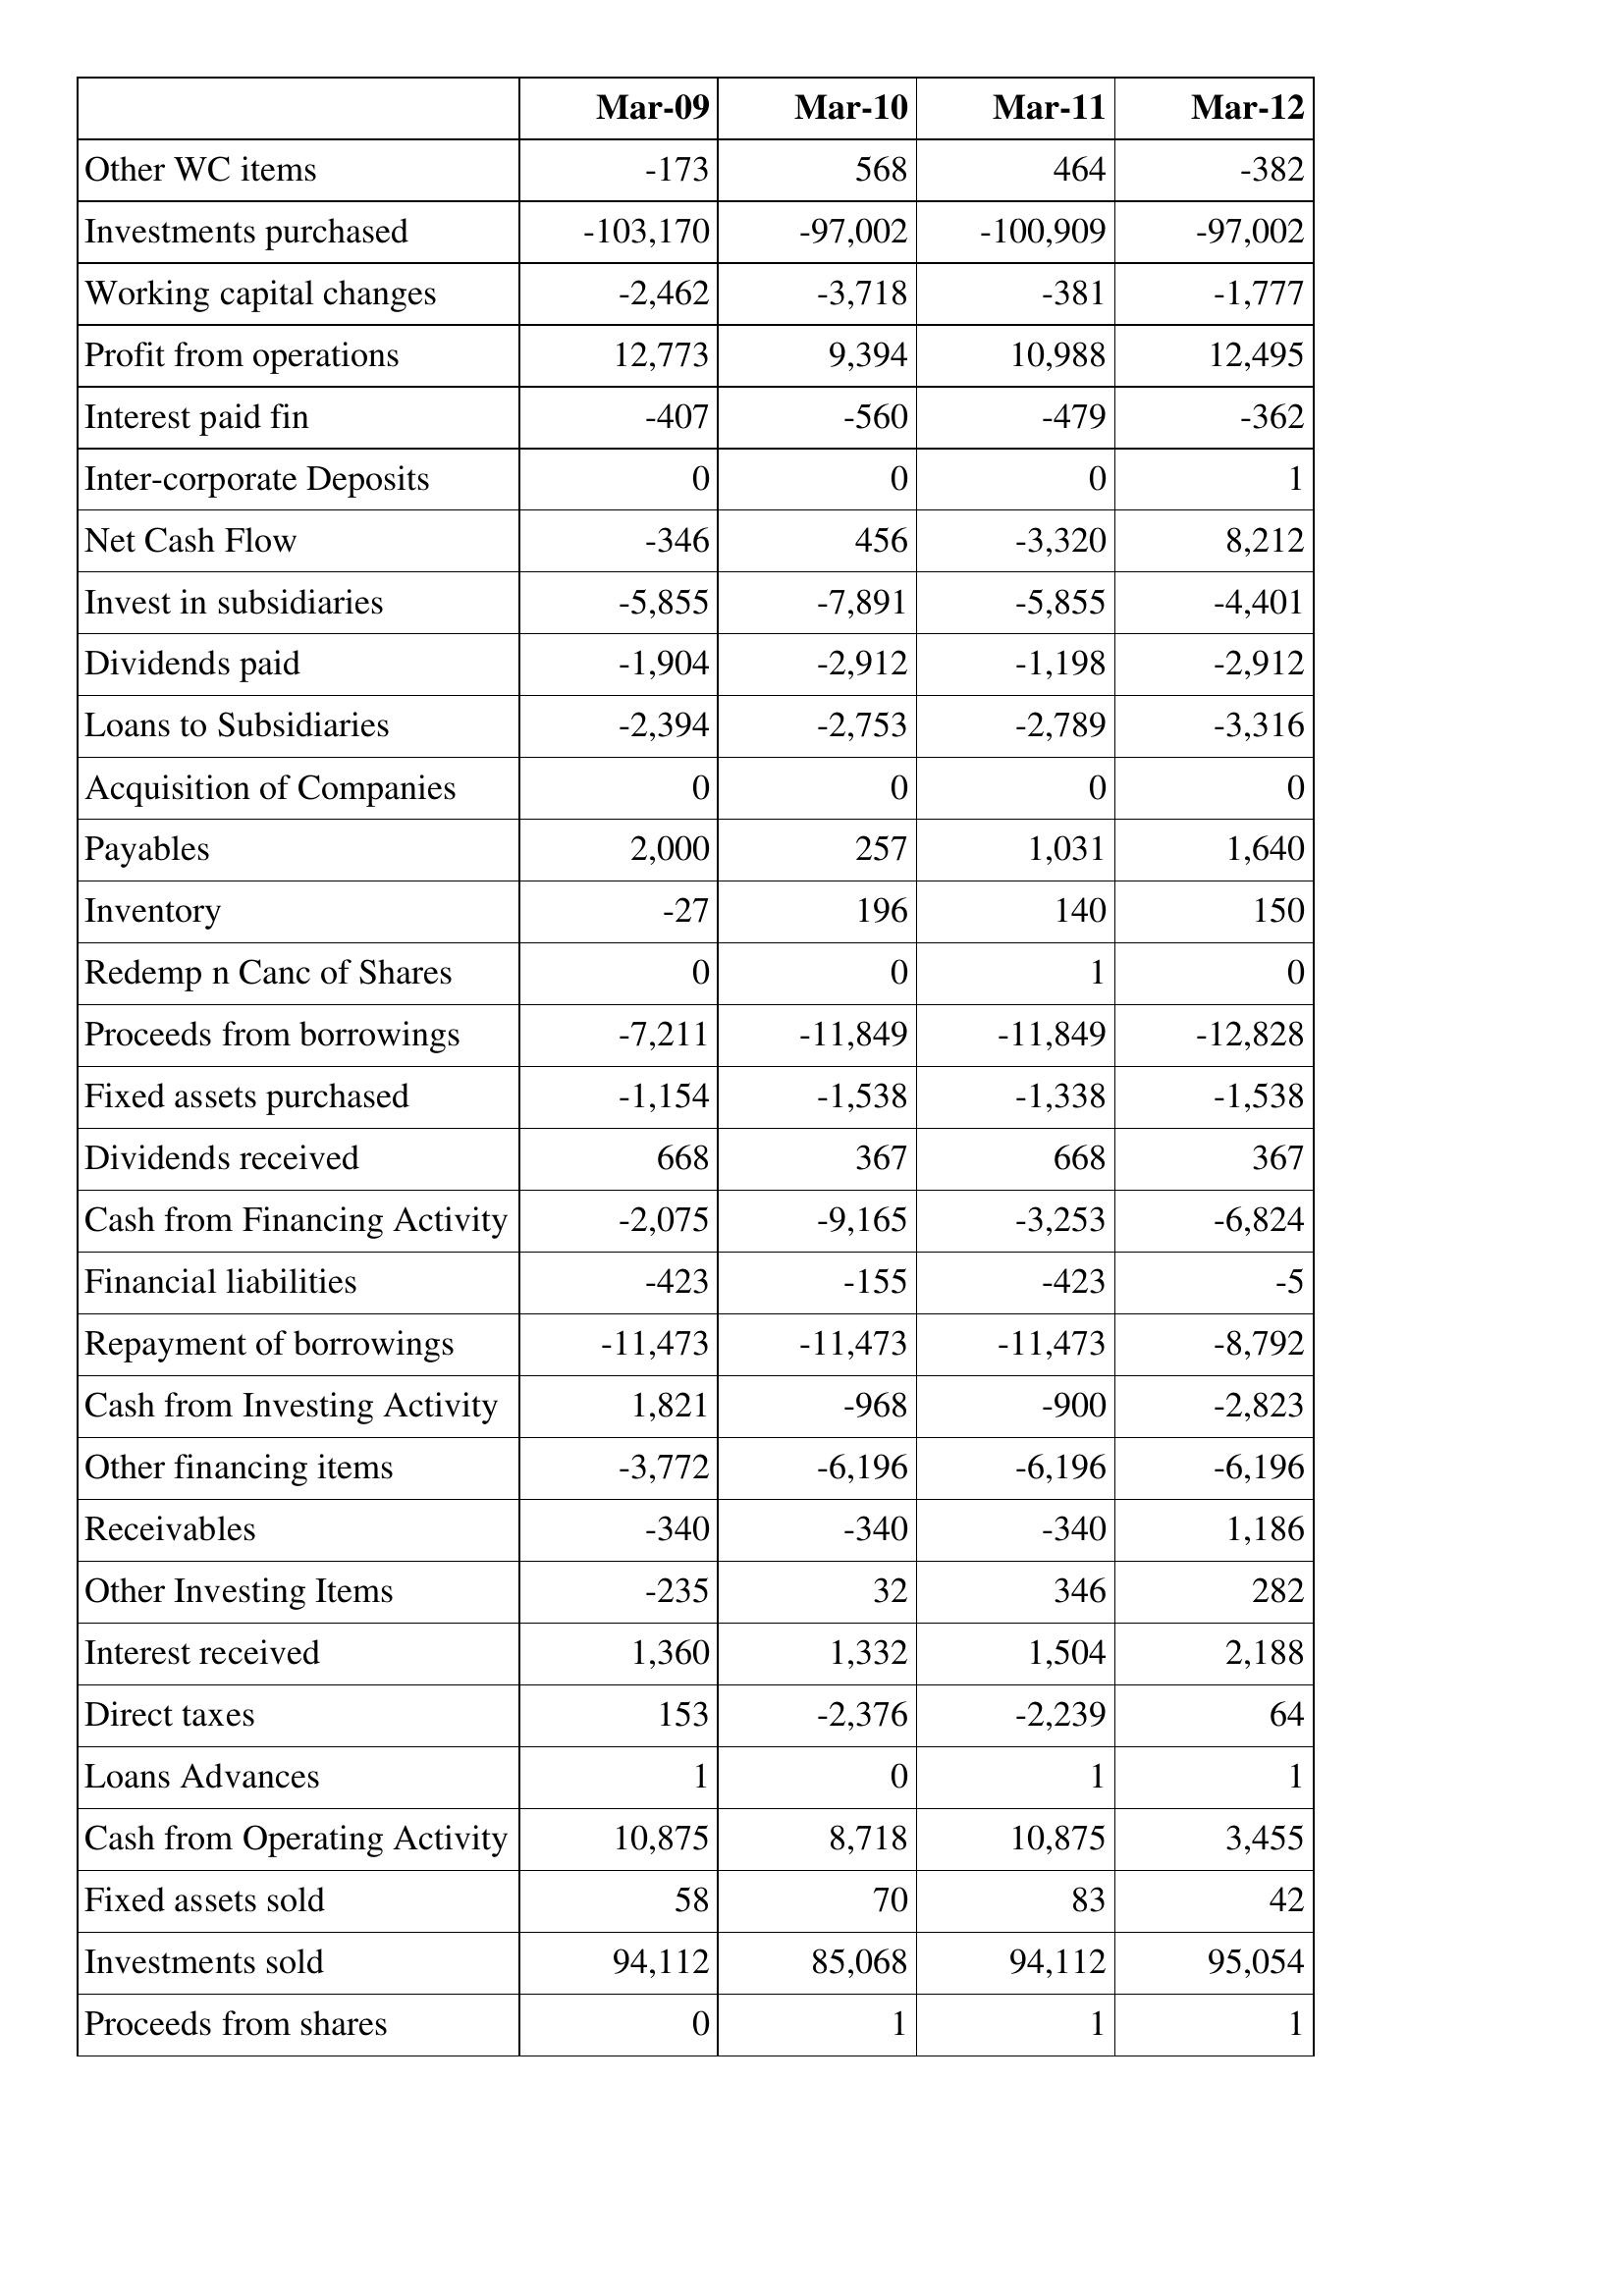
Mar-09: Cash Flows: Other WC items: -173
Investments purchased: -103,170
Working capital changes: -2,462
Profit from operations: 12,773
Interest paid fin: -407
Inter-corporate Deposits: 0
Net Cash Flow: -346
Invest in subsidiaries: -5,855
Dividends paid: -1,904
Loans to Subsidiaries: -2,394
Acquisition of Companies: 0
Payables: 2,000
Inventory: -27
Redemp n Canc of Shares: 0
Proceeds from borrowings: -7,211
Fixed assets purchased: -1,154
Dividends received: 668
Cash from Financing Activity: -2,075
Financial liabilities: -423
Repayment of borrowings: -11,473
Cash from Investing Activity: 1,821
Other financing items: -3,772
Receivables: -340
Other Investing Items: -235
Interest received: 1,360
Direct taxes: 153
Loans Advances: 1
Cash from Operating Activity: 10,875
Fixed assets sold: 58
Investments sold: 94,112
Proceeds from shares: 0
Mar-10: Cash Flows: Other WC items: 568
Investments purchased: -97,002
Working capital changes: -3,718
Profit from operations: 9,394
Interest paid fin: -560
Inter-corporate Deposits: 0
Net Cash Flow: 456
Invest in subsidiaries: -7,891
Dividends paid: -2,912
Loans to Subsidiaries: -2,753
Acquisition of Companies: 0
Payables: 257
Inventory: 196
Redemp n Canc of Shares: 0
Proceeds from borrowings: -11,849
Fixed assets purchased: -1,538
Dividends received: 367
Cash from Financing Activity: -9,165
Financial liabilities: -155
Repayment of borrowings: -11,473
Cash from Investing Activity: -968
Other financing items: -6,196
Receivables: -340
Other Investing Items: 32
Interest received: 1,332
Direct taxes: -2,376
Loans Advances: 0
Cash from Operating Activity: 8,718
Fixed assets sold: 70
Investments sold: 85,068
Proceeds from shares: 1
Mar-11: Cash Flows: Other WC items: 464
Investments purchased: -100,909
Working capital changes: -381
Profit from operations: 10,988
Interest paid fin: -479
Inter-corporate Deposits: 0
Net Cash Flow: -3,320
Invest in subsidiaries: -5,855
Dividends paid: -1,198
Loans to Subsidiaries: -2,789
Acquisition of Companies: 0
Payables: 1,031
Inventory: 140
Redemp n Canc of Shares: 1
Proceeds from borrowings: -11,849
Fixed assets purchased: -1,338
Dividends received: 668
Cash from Financing Activity: -3,253
Financial liabilities: -423
Repayment of borrowings: -11,473
Cash from Investing Activity: -900
Other financing items: -6,196
Receivables: -340
Other Investing Items: 346
Interest received: 1,504
Direct taxes: -2,239
Loans Advances: 1
Cash from Operating Activity: 10,875
Fixed assets sold: 83
Investments sold: 94,112
Proceeds from shares: 1
Mar-12: Cash Flows: Other WC items: -382
Investments purchased: -97,002
Working capital changes: -1,777
Profit from operations: 12,495
Interest paid fin: -362
Inter-corporate Deposits: 1
Net Cash Flow: 8,212
Invest in subsidiaries: -4,401
Dividends paid: -2,912
Loans to Subsidiaries: -3,316
Acquisition of Companies: 0
Payables: 1,640
Inventory: 150
Redemp n Canc of Shares: 0
Proceeds from borrowings: -12,828
Fixed assets purchased: -1,538
Dividends received: 367
Cash from Financing Activity: -6,824
Financial liabilities: -5
Repayment of borrowings: -8,792
Cash from Investing Activity: -2,823
Other financing items: -6,196
Receivables: 1,186
Other Investing Items: 282
Interest received: 2,188
Direct taxes: 64
Loans Advances: 1
Cash from Operating Activity: 3,455
Fixed assets sold: 42
Investments sold: 95,054
Proceeds from shares: 1